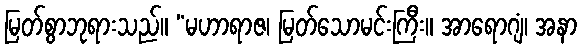
မြတ်စွာဘုရားသည်။ “မဟာရာဇ၊ မြတ်သောမင်းကြီး။ အာရောဂျံ၊ အနာ